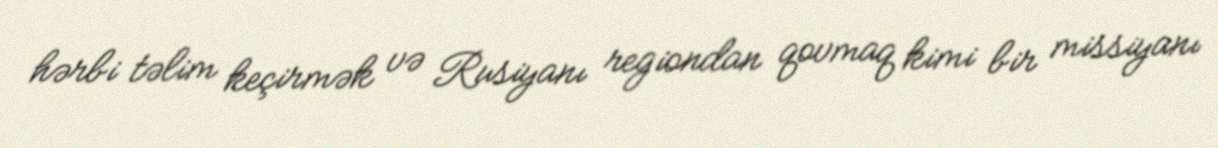
hərbi təlim keçirmək və Rusiyanı regiondan qovmaq kimi bir missiyanı